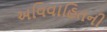
અવિવાહિતની